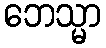
ဘေသ္မာ